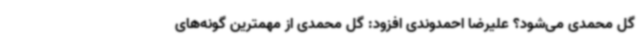
گل محمدی می‌شود؟ علیرضا احمدوندی افزود: گل محمدی از مهمترین گونه‌های